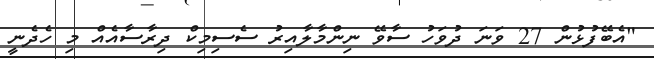
"އެބޭފުޅުން 27 ވަނަ ދުވަހު ސާވޭ ނިންމާލާއިރު ސެސިމިކް ދިރާސާއެއް މި ހެދެނީ